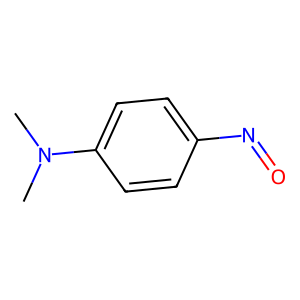
SMILES: CN(C)c1ccc(N=O)cc1
Inhibits HIV replication: No